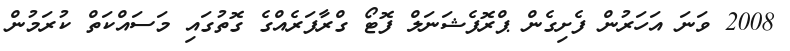
2008 ވަނަ އަހަރުން ފެށިގެން ޕްރޮފެޝަނަލް ފޮޓޯ ގްރާފަރެއްގެ ގޮތުގައި މަސައްކަތް ކުރަމުން